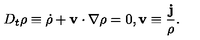
D _ { t } \rho \equiv \dot { \rho } + { \bf v } \cdot \nabla \rho = 0 , { \bf v } \equiv \frac { \bf j } { \rho } .